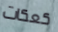
كعكات